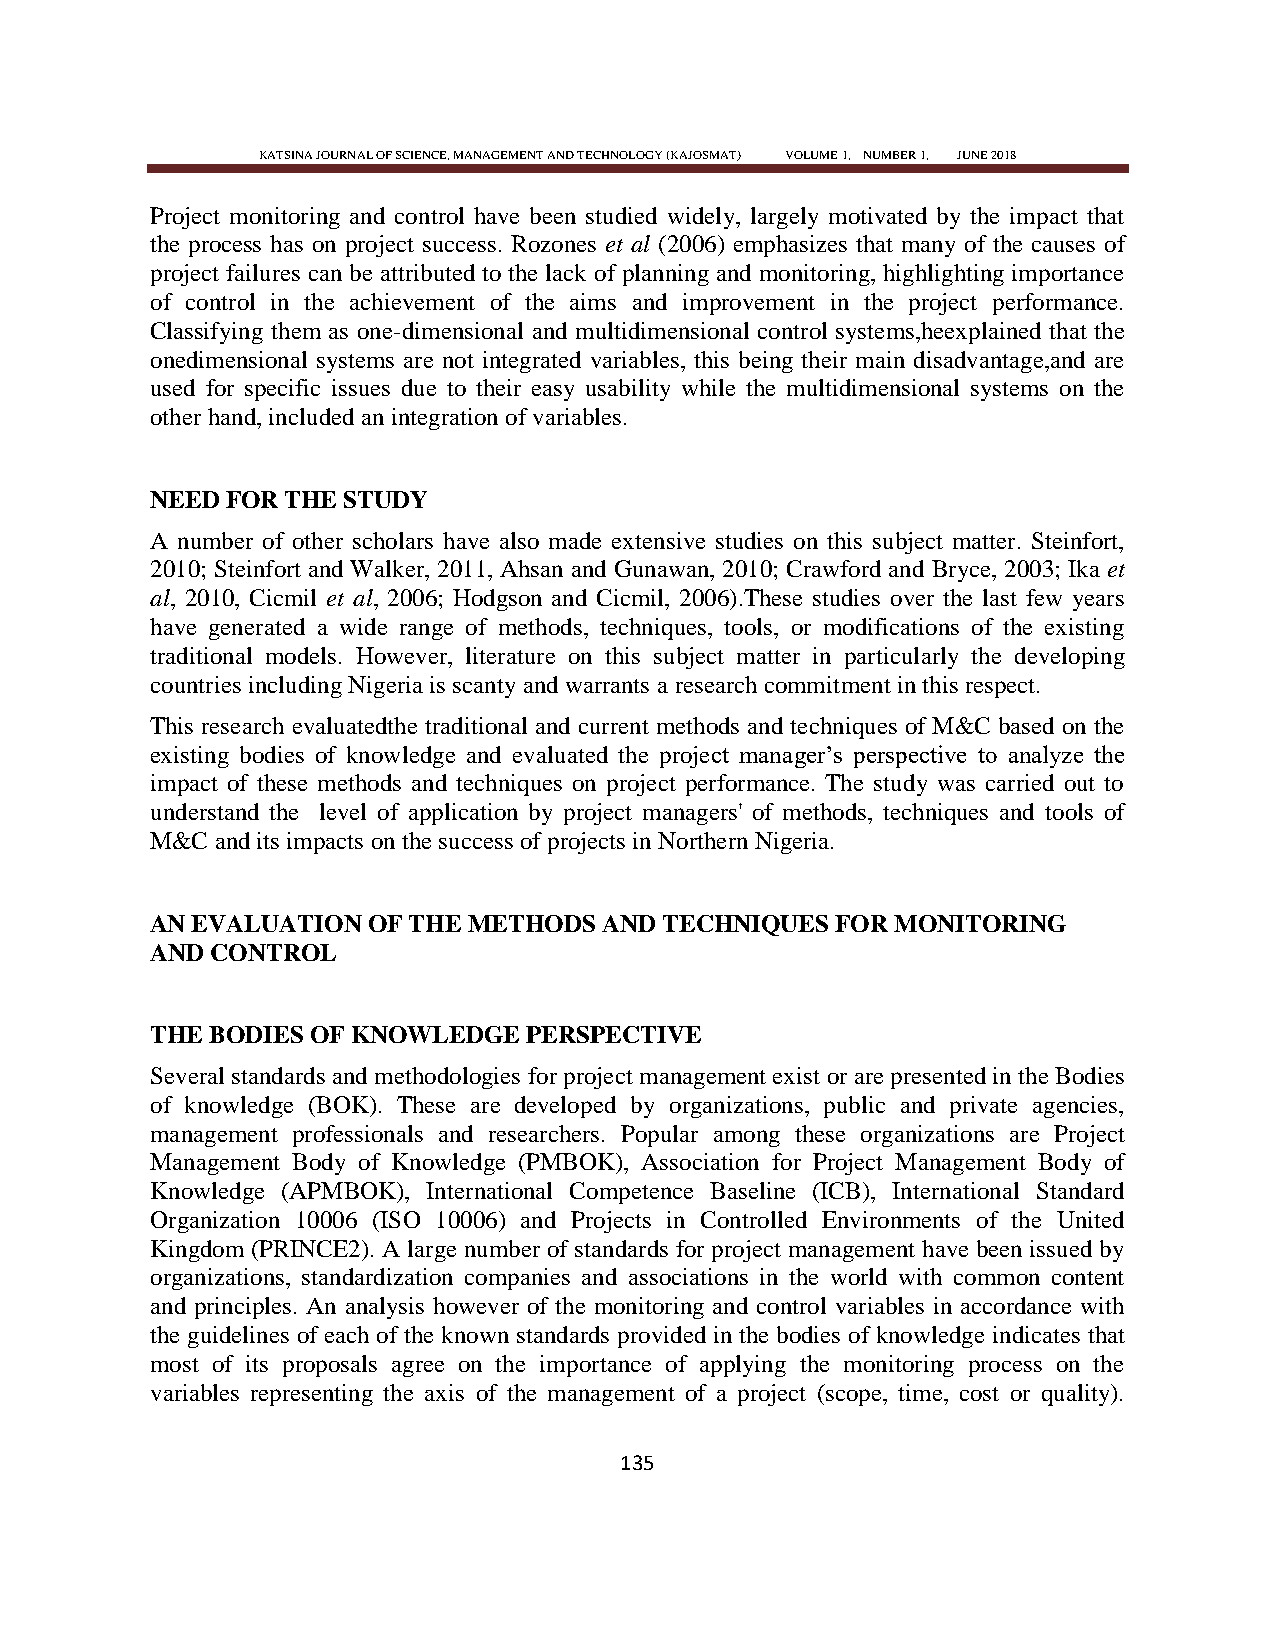
KATSINA JOURNAL OF SCIENCE, MANAGEMENT AND TECHNOLOGY (KAJOSMAT) VOLUME 1, NUMBER 1, JUNE 2018
 Project monitoring and control have been studied widely, largely motivated by the impact that
 the process has on project success. Rozones et al (2006) emphasizes that many of the causes of
 project failures can be attributed to the lack of planning and monitoring, highlighting importance
 of control in the achievement of the aims and improvement in the project performance.
 Classifying them as one-dimensional and multidimensional control systems,heexplained that the
 onedimensional systems are not integrated variables, this being their main disadvantage,and are
 used for specific issues due to their easy usability while the multidimensional systems on the
 other hand, included an integration of variables.
 NEED FOR THE STUDY
 A number of other scholars have also made extensive studies on this subject matter. Steinfort,
 2010; Steinfort and Walker, 2011, Ahsan and Gunawan, 2010; Crawford and Bryce, 2003; Ika et
 al, 2010, Cicmil et al, 2006; Hodgson and Cicmil, 2006).These studies over the last few years
 have generated a wide range of methods, techniques, tools, or modifications of the existing
 traditional models. However, literature on this subject matter in particularly the developing
 countries including Nigeria is scanty and warrants a research commitment in this respect.
 This research evaluatedthe traditional and current methods and techniques of M&C based on the
 existing bodies of knowledge and evaluated the project manager‘s perspective to analyze the
 impact of these methods and techniques on project performance. The study was carried out to
 understand the level of application by project managers' of methods, techniques and tools of
 M&C and its impacts on the success of projects in Northern Nigeria.
 AN EVALUATION OF THE METHODS  AND TECHNIQUES FOR MONITORING
 AND CONTROL
 THE BODIES OF KNOWLEDGE  PERSPECTIVE
 Several standards and methodologies for project management exist or are presented in the Bodies
 of knowledge (BOK). These are developed by organizations, public and private agencies,
 management professionals and researchers. Popular among these organizations are Project
 Management Body of Knowledge (PMBOK), Association for Project Management Body of
 Knowledge (APMBOK), International Competence Baseline (ICB), International Standard
 Organization 10006 (ISO 10006) and Projects in Controlled Environments of the United
 Kingdom (PRINCE2). A large number of standards for project management have been issued by
 organizations, standardization companies and associations in the world with common content
 and principles. An analysis however of the monitoring and control variables in accordance with
 the guidelines of each of the known standards provided in the bodies of knowledge indicates that
 most of its proposals agree on the importance of applying the monitoring process on the
 variables representing the axis of the management of a project (scope, time, cost or quality).
 135